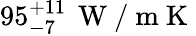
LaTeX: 95_{-7}^{+11}\, \mathrm{~W~/~m~K~}